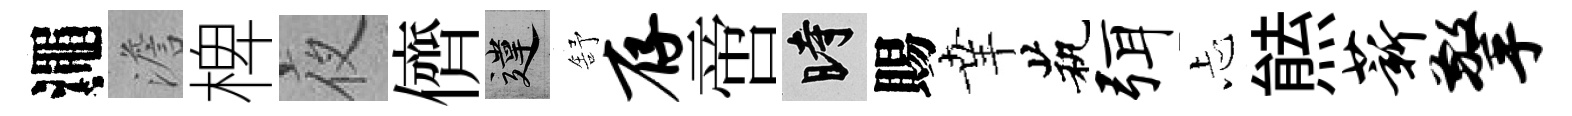
澠澹椑夜儕違舒存啻时賜𦍒茕弭忐㷱薪擎